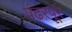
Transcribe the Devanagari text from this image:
पंढऱपूर